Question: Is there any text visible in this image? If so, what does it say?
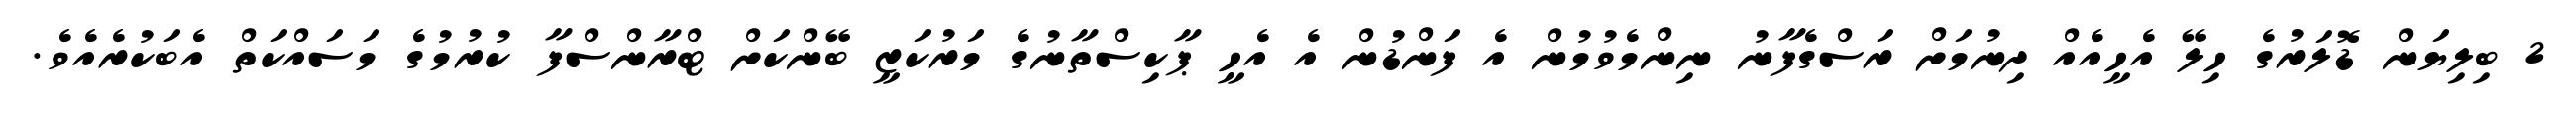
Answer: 2 ބިލިޔަން ޑޮލަރުގެ ހިލޭ އެހީއެއް ދިނުމަށް ރަސްގެފާނު ނިންމެވުމުން އެ ފަންޑުން އެ އެހީ ޕާކިސްތާނުގެ މަރުކަޒީ ބޭންކަށް ޓްރާންސްފާ ކުރުމުގެ މަސައްކަތް އެބަކުރެއެވެ.